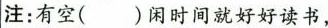
注：有空( )闲时间就好好读书，